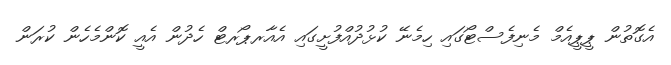
އެގޮތުން ޕީޕީއެމް މެނިފެސްޓޯގައި ހިމެނޭ ކުޅުދުއްފުށީގައި އެއާރޕޯރޓް ހެދުން އެއީ ކޮންމެހެން ކުރަން